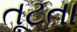
તૂટતા